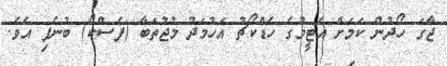
ޖާގަ ހޯދުން ކަމަށް އެޓީމުގެ ހެޑްކޯޗު އަހުމަދު މުޖުތަބާ (ފެސްކޯ) ބުނެފި އެވެ.